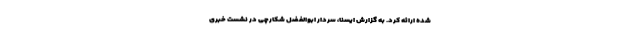
شده ارائه کرد. به گزارش ایسنا، سردار ابوالفضل شکارچی در نشست خبری